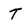
Character: T